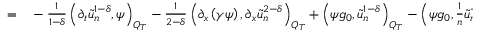
\begin{array} { r l } { = } & { { } - \frac { 1 } { 1 - \delta } \left( \partial _ { t } \tilde { u } _ { n } ^ { 1 - \delta } , \psi \right) _ { Q _ { T } } - \frac { 1 } { 2 - \delta } \left( \partial _ { x } \left( \gamma \psi \right) , \partial _ { x } \tilde { u } _ { n } ^ { 2 - \delta } \right) _ { Q _ { T } } + \left( \psi g _ { 0 } , \tilde { u } _ { n } ^ { 1 - \delta } \right) _ { Q _ { T } } - \left( \psi g _ { 0 } , \frac { 1 } { n } \tilde { u } _ { n } ^ { - \delta } \right) _ { Q _ { T } } . } \end{array}